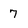
Character: 7